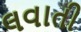
લવાતી